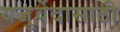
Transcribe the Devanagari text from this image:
यजुर्वेदासाठी